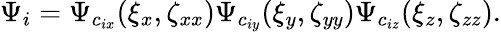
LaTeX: \Psi_{i}=\Psi_{c_{ix}}(\xi_{x},\zeta_{xx})\Psi_{c_{iy}}(\xi_{y},\zeta_{yy})\Psi_{c_{iz}}(\xi_{z},\zeta_{zz}).